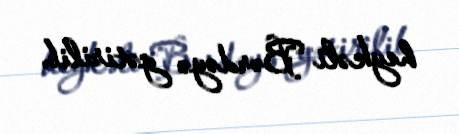
heykəli Bərdəyə gətirilib.